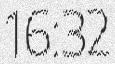
16:32